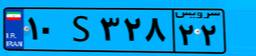
۱۰S۳۲۸۲۲